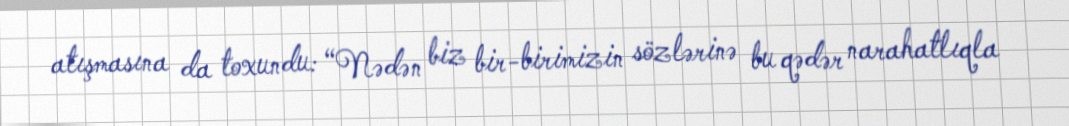
atışmasına da toxundu: “Nədən biz bir-birimizin sözlərinə bu qədər narahatlıqla